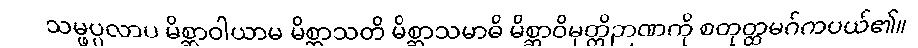
သမ္ဖပ္ပလာပ မိစ္ဆာဝါယာမ မိစ္ဆာသတိ မိစ္ဆာသမာဓိ မိစ္ဆာဝိမုတ္တိဉာဏကို စတုတ္ထမဂ်ကပယ်၏။